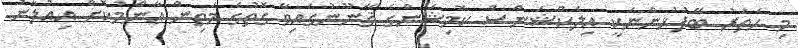
މި ހަތަރު ބޭފުޅުންނަކީ އިލެކްޝަންސް ކޮމިޝަންގެ ޤާނޫނުގައިވާ ގޮތުގެ މަތިން ޢާންމުކޮށް އިޢުލާނު